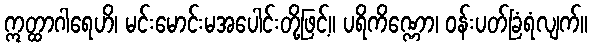
ဣတ္ထာဂါရေဟိ၊ မင်းမောင်းမအပေါင်းတို့ဖြင့်။ ပရိကိဏ္ဏော၊ ဝန်းပတ်ခြံရံလျက်။